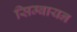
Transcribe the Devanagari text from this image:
सिम्बायन